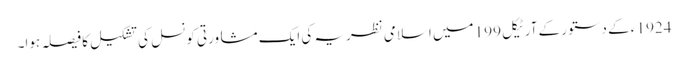
1924 ء کے دستور کے آرٹیکل 199 میں اسلامی نظریہ کی ایک مشاورتی کونسل کی تشکیل کا فیصلہ ہوا۔